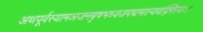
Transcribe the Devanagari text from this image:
अथपूर्वस्यामञजनबृषभध्वजपद्ममाल्यवद्गिरयः।